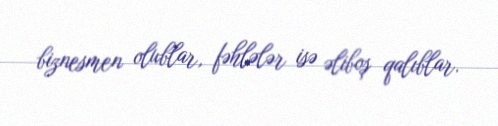
biznesmen olublar, fəhlələr isə əliboş qalıblar.